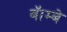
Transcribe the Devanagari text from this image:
बॅाम्बे